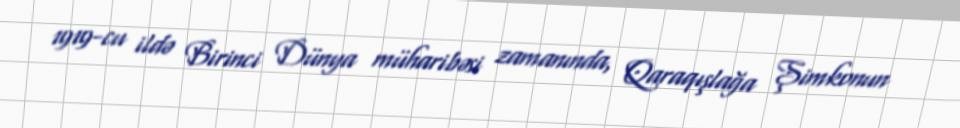
1919-cu ildə Birinci Dünya müharibəsi zamanında, Qaraqışlağa Şimkonun